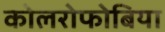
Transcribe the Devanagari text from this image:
कोलरोफोबिया